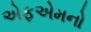
એફએમનો